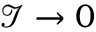
\mathcal { I } \rightarrow 0